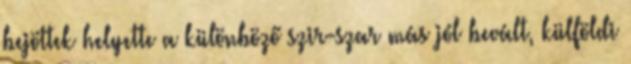
bejöttek helyette a különböző szir-szar más jól bevált, külföldi